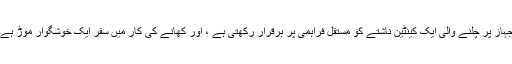
جہاز پر چلنے والی ایک کینٹین ناشتے کو مستقل فراہمی پر برقرار رکھتی ہے ، اور کھانے کی کار میں سفر ایک خوشگوار موڑ ہے۔